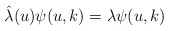
\begin{align*}\hat{\lambda}(u) \psi(u, k) = \lambda \psi(u, k) \end{align*}